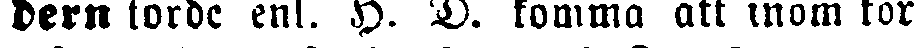
dern torde enl. H. D. komma att inom kor